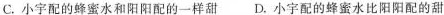
C.小宇配的蜂蜜水和阳阳配的一样甜 D.小宇配的蜂蜜水比阳阳配的甜